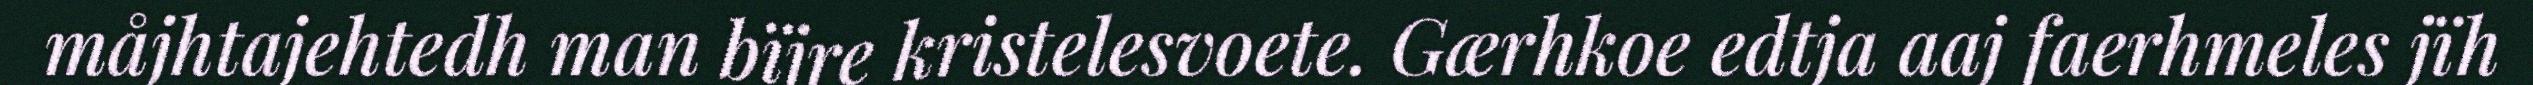
måjhtajehtedh man bïjre kristelesvoete. Gærhkoe edtja aaj faerhmeles jïh